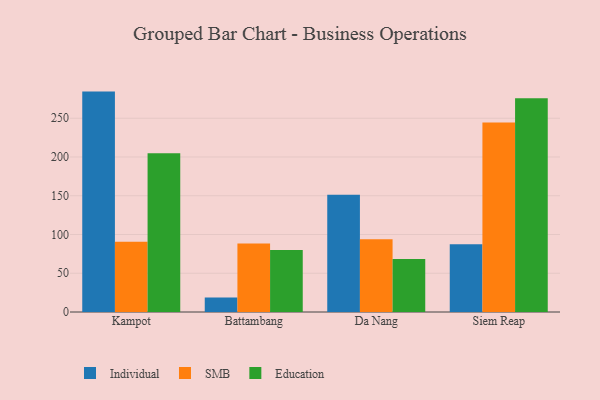
{"axis": {"x": "City", "y": "Satisfaction Score"}, "legend": ["Education", "Individual", "SMB"], "data": [{"x": "Kampot", "y": 284.4, "type": "Individual"}, {"x": "Kampot", "y": 90.5, "type": "SMB"}, {"x": "Kampot", "y": 204.9, "type": "Education"}, {"x": "Battambang", "y": 18.7, "type": "Individual"}, {"x": "Battambang", "y": 88.5, "type": "SMB"}, {"x": "Battambang", "y": 80.0, "type": "Education"}, {"x": "Da Nang", "y": 151.4, "type": "Individual"}, {"x": "Da Nang", "y": 93.8, "type": "SMB"}, {"x": "Da Nang", "y": 68.3, "type": "Education"}, {"x": "Siem Reap", "y": 87.5, "type": "Individual"}, {"x": "Siem Reap", "y": 244.4, "type": "SMB"}, {"x": "Siem Reap", "y": 275.9, "type": "Education"}]}